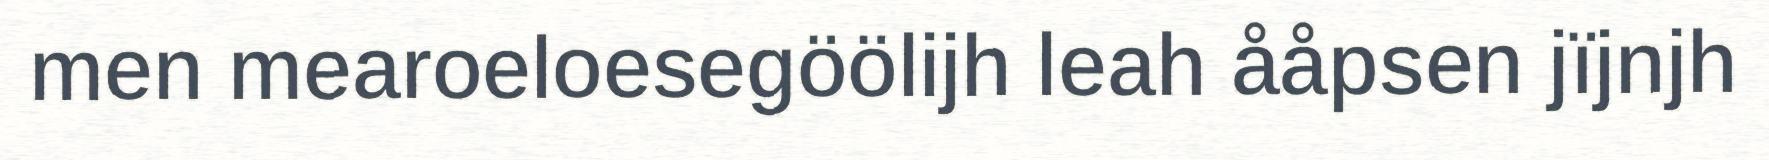
men mearoeloesegöölijh leah ååpsen jïjnjh